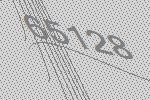
65128